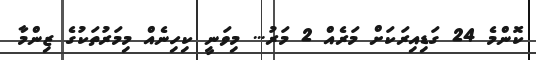
ކޮންމެ 24 ގަޑިއިރަކަށް މަރެއް 2 މަރު... މިވަނީ ކިހިނެއް މިމަރުތަކުގެ ޒިންމާ